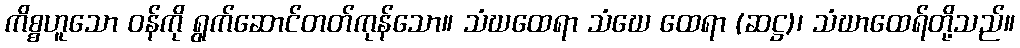
ကိစ္စဟူသော ဝန်ကို ရွက်ဆောင်တတ်ကုန်သော။ သံဃထေရာ သံဃေ ထေရာ (ဆဋ္ဌ)၊ သံဃာထေရ်တို့သည်။